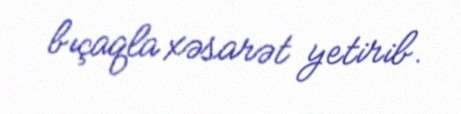
bıçaqla xəsarət yetirib.